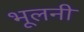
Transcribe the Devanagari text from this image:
भूलनी